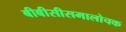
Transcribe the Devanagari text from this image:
बीबीसीसमालोचक